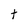
Character: t